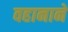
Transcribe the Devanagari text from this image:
वहानाने